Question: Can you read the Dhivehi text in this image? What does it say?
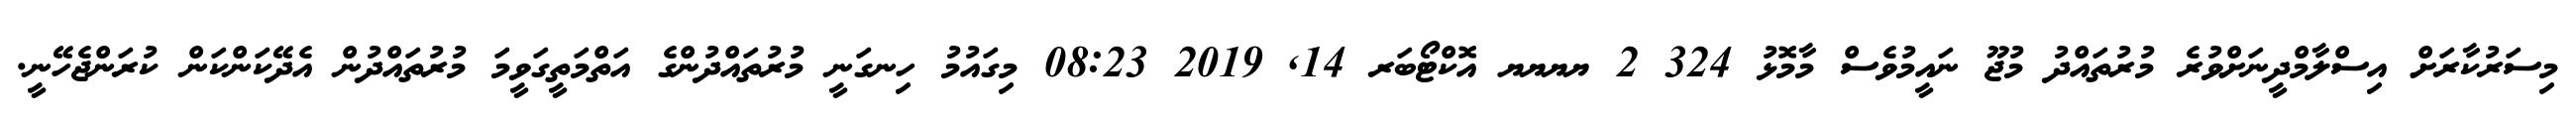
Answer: މިސަރުކާރަށް އިސްލާމްދީނަށްވުރެ މުރުތައްދު މުޖޫ ނައީމުވެސް މާމޮޅު 324 2 ޔޔޔޔ އޮކްޓޯބަރ 14, 2019 08:23 މިގައުމު ހިނގަނީ މުރުތައްދުންގެ އަތްމަތީގަވީމަ މުރުތައްދުން އެދޭކަންކަން ކުރަންޖެހޭނީ.